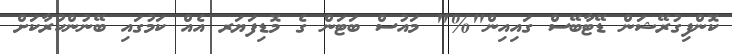
ކޮންފިގުރޭޝަން ޑޭޓާބޭސް ގައިއިން"%" މައުސް ބަޓަން ގެ މޮޑިފަޔަރ އެއް ކަމުގައި ބޭނުންކުރާކަށް